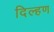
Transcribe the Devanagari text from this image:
दिल्हण